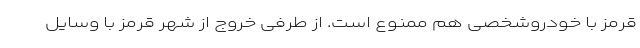
قرمز با خودروشخصی هم ممنوع است. از طرفی خروج از شهر قرمز با وسایل